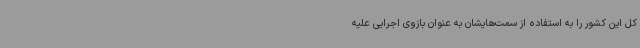
کل این کشور را به استفاده از سمت‌هایشان به عنوان بازوی اجرایی علیه